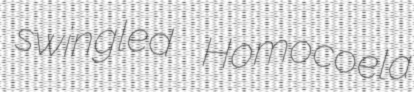
swingled Homocoela